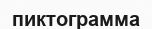
пиктограмма